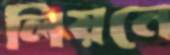
লিয়নে